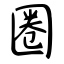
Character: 圈